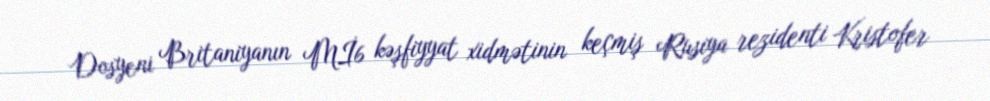
Dosyeni Britaniyanın Mİ6 kəşfiyyat xidmətinin keçmiş Rusiya rezidenti Kristofer